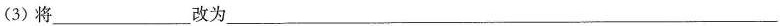
(3) 将___改为___